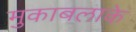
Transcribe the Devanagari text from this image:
मुकाबलाके